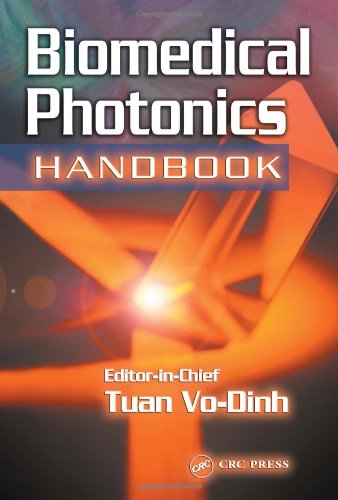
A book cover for Biomedical Photonics Handbook; Medical Books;